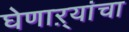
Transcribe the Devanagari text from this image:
घेणाऱ्यांचा